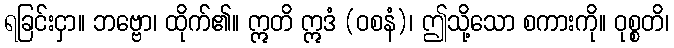
ရခြင်းငှာ။ ဘဗ္ဗော၊ ထိုက်၏။ ဣတိ ဣဒံ (ဝစနံ)၊ ဤသို့သော စကားကို။ ဝုစ္စတိ၊